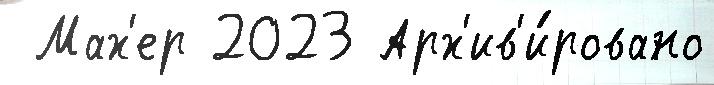
 Мах'ер 2023 Арх'ив'и́ровано